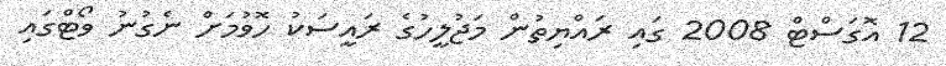
12 އޮގަސްޓް 2008 ގައި ރައްޔިތުން މަޖުލީހުގެ ރައީސަކު ހޮވުމަށް ނެގުނު ވޯޓްގައި